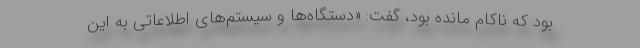
بود که ناکام مانده بود، گفت: «دستگاه‌ها و سیستم‌های اطلاعاتی به این